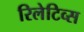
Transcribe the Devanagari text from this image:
रिलेटिव्स